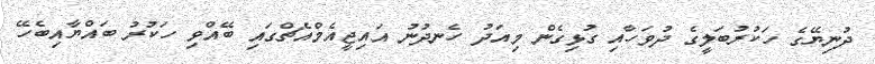
ދުނިޔޭގެ ހަކުރުބަލީގެ ދުވަހާއި ގުޅިގެން މިއަދު ހެނދުނު އައިޖީއެމްއެޗްގައި ބޭއްވި ހަކުރު ބައްޔާއިބެހޭ